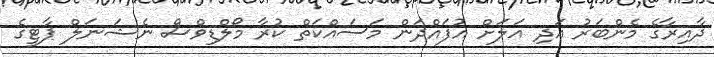
ދާއިރާގެ މެންބަރު އަދި އަލަށް އުފައްދަން މަސައްކަތް ކުރާ މޯލްޑިވްސް ނެޝަނަލް ޕާޓީގެ